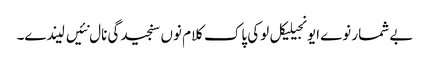
بے شمار نوے ایونجیلیکل لوکی پاک کلام نوں سنجیدگی نال نئیں لیندے۔